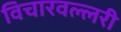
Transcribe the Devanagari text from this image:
विचारवल्लरी